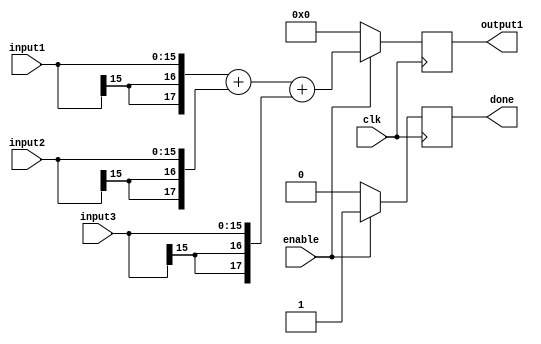
/*
	Author: Aniket Badhan
	Description: Addition stage 2  of Convolution layer 2, convolution of convolved image and convolved pattern
*/

`timescale 1ns / 1ps

module adderStage2_2(
    	input [15:0] input1,
    	input [15:0] input2,
	input [15:0] input3,
    	output reg [17:0] output1,
	input enable,
    	input clk,
	output reg done
    );
	
	always @ (posedge clk) begin
		if(enable) begin
			output1 <= {{2{input1[15]}}, input1} + {{2{input2[15]}}, input2} + {{2{input3[15]}}, input3};
			done <= 1'b1;
		end
		else begin
			output1 <= 0;
			done <= 1'b0;
		end	
	end
	
endmodule